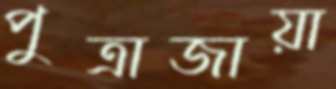
পুত্রাজায়া